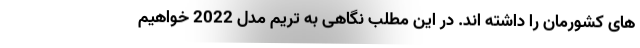
های کشورمان را داشته اند. در این مطلب نگاهی به تریم مدل 2022 خواهیم